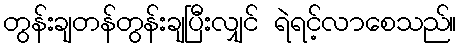
တွန်းချတန်တွန်းချပြီးလျှင် ရဲရင့်လာစေသည်။